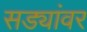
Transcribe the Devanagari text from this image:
सड्यांवर